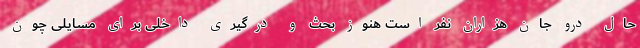
حال درو جان هزاران نفر است هنوز بحث و درگیری داخلی برای مسایلی چون